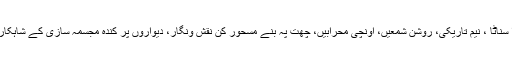
ٹھنڈک نما خنکی، سکون بھرا سناٹا ، نیم تاریکی، روشن شمعیں، اُونچی محرابیں، چھت پہ بنے مسحور کن نقش ونگار، دیواروں پر کندہ مجسمہ سازی کے شاہکار، یہ تھا کلیسا کا مرکزی ہال۔